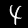
Digit: 4